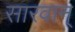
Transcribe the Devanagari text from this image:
सारवान्‌